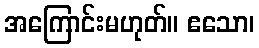
အကြောင်းမဟုတ်။ ဧသော၊